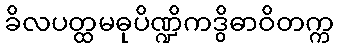
ခိလပတ္ထမဓုပိဏ္ဍိကဒွိဓာဝိတက္က